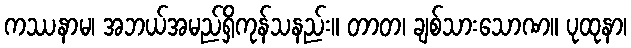
ကဿနာမ၊ အဘယ်အမည်ရှိကုန်သနည်း။ တာတ၊ ချစ်သားသောဏ။ ပုထုနာ၊